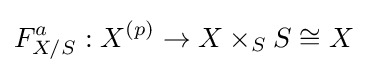
F_{X/S}^{a}:X^{(p)}\to X\times _{S}S\cong X